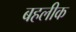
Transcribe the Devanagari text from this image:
बहलीक